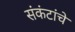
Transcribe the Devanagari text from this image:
संकंटांचे